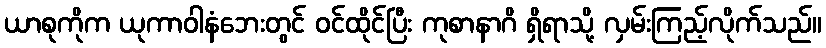
ယာစုကိုက ယုကာဝါနံဘေးတွင် ဝင်ထိုင်ပြီး ကုစာနာဂိ ရှိရာသို့ လှမ်းကြည့်လိုက်သည်။